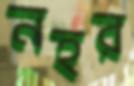
নহর